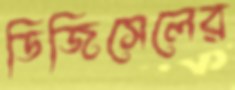
ডিজিসেলের